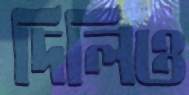
দিলিও